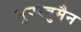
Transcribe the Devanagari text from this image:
सुपरवुमैन